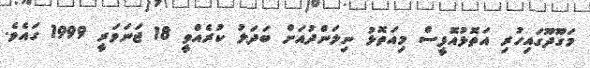
މަގޫދޫގައިހުރި އަތޮޅުއޮފީސް މިއަތޮޅު ނިލަންދުއަށް ބަދަލު ކުރެއްވީ 18 ޖަނަވަރީ 1999 ގައެވެ.